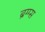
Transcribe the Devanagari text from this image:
ब्रग्ग्स